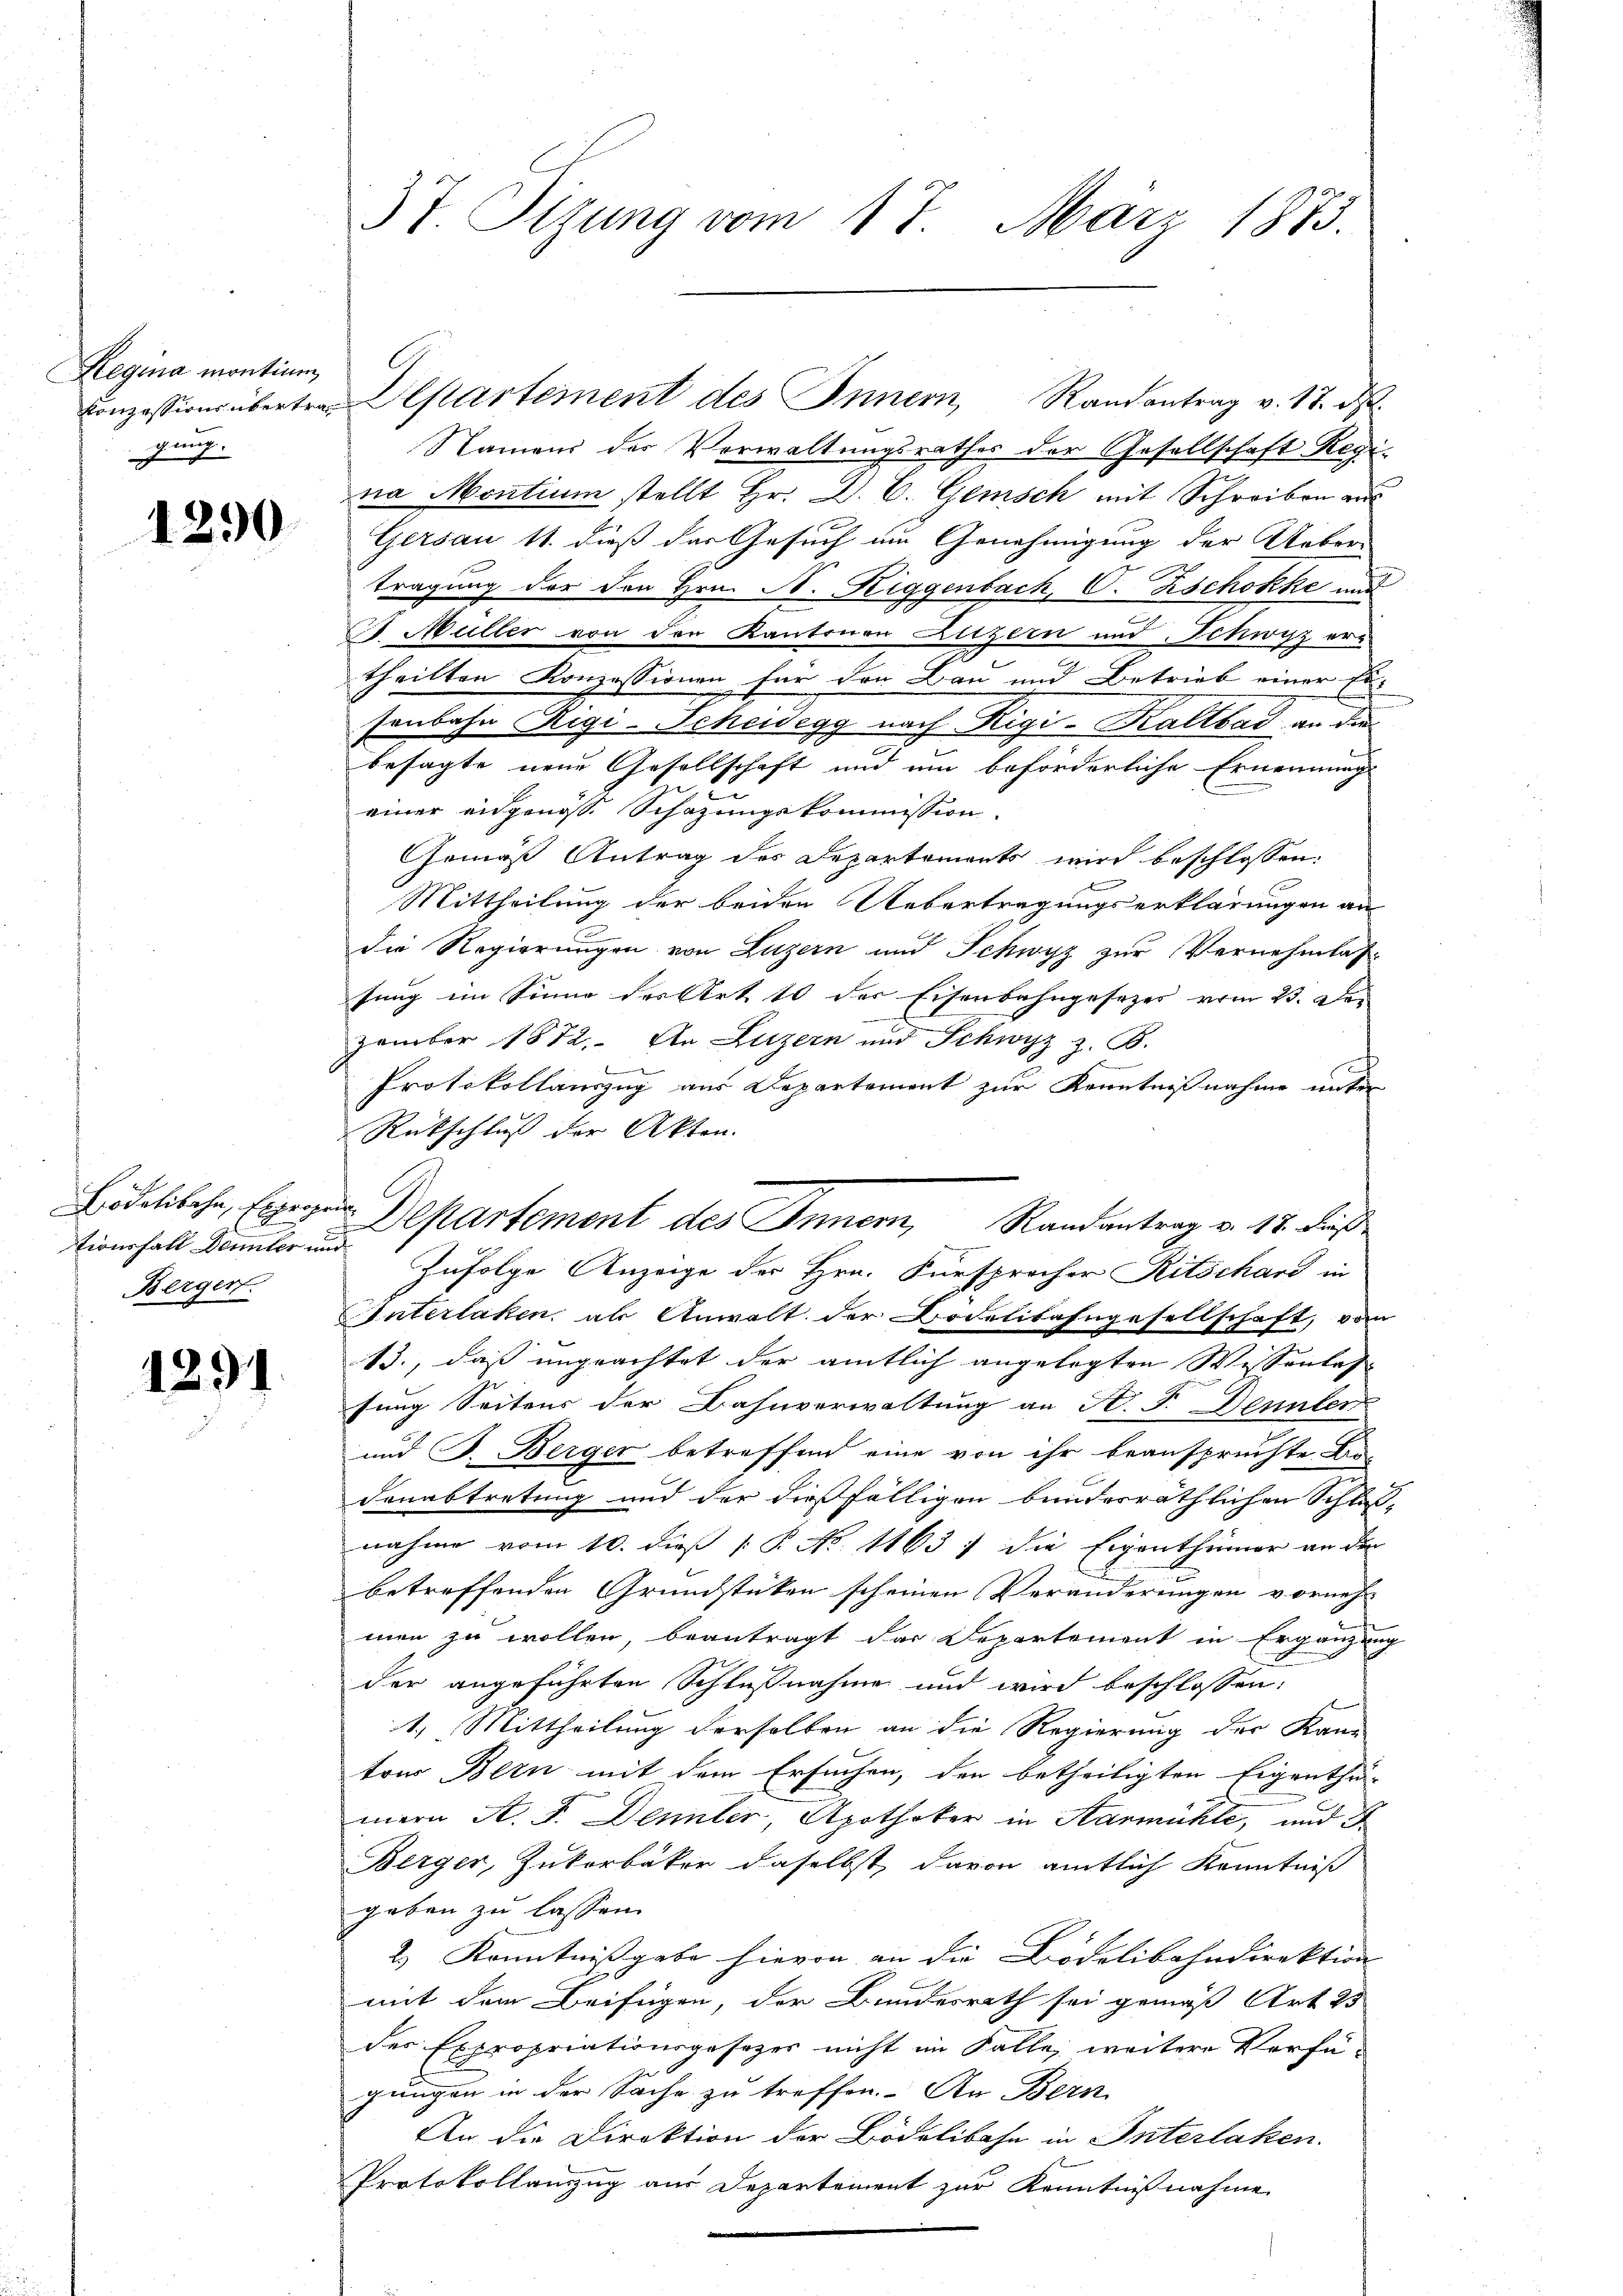
Regina montium,
gung.

1290

Rionsfall Dennter und
Berger.

1291

Namens des Verwaltungsrathes der Gesellschaft Regina Montium stellt Hr. D. C. Gemisch mit Schreiben aus
Gersau 11. dieß der Gesuch um Genehmigung der Ueber-
tragung der den Hrn. N. Riggenbach, C. Zschokke und
2. Müller von den Kantonen Luzern und Schwyz ertheilten Konzessionen für den Bau und Betrieb einer Er-
sonbahn Rigi-Scheidegg nach Rigi-Kaltbad an die
besagte neue Gesellschaft und um beförderliche Ernennung
2
einer eidgenöss. Schazungskommission.
Gemäß Antrag des Departements wird beschlossen:
Mittheilung der beiden Uebertragungserklärungen an
die Regierungen von Luzern und Schwyz zur Vernehmlas-
fung im Sinne der Art 10 der Eisenbahngesezes vom 23. Den
zember 1872. In Luzern und Schwyz z. B.

Protokollauszug aus Departement zur Kenntnißnahme unter
Rückschluß der Akten. |
Hodelibahn, Ergegens Departement des Innern, Randantrag v. 18. Fuß
Zufolge Anzeige der Hrn. Fürsprecher Ritschard in
Unterlaken, als Anwalt der Bödelibahngesellschaft, vom
13., daß ungeachtet der amtlich angelegten Wissentas
sung Seitens der Bahnverwaltung an St. F. Dennter
und J. Berger betreffend eine von ihr beanspruchte Be-
Denabtretung und der dießfälligen bunderräthlichen Schluß-
nahme vom 10. dieß P. No 11637 die Eigenthümer an den
betreffenden Grundstücken scheinen Veränderungen vorneh
men zu wollen, beantragt das Departement in Ergänzung
der angeführten Schlußnahme und wird beschlossen:
1.) Mittheilung derselben an die Regierung der Kanton Bern mit dem Ersuchen, den betheiligten Eigenthu-
d
mern A. F. Dennler, Apotheker in Aarmühle, und
Berger, Zukorbäker daselbst, davon amtlich Kenntniß
geben zu lassen.
2.) Kenntnißgabe hievon an die Bödelibahndirektion
mit dem Beifügen, der Bundesrath sei gemäß Art. 25
des Expropriationsgesezes nicht im Falle, weitere Verfü-
gungen in der Sache zu treffen. An Bern
An die Direktion der Bödelibahn in Interlaken.
Protokollanzug aus Departement zur Kenntnißnahme

3t. Sitzung vom 17. März 1873.

Conzessions übertrag Departement des Innern, Randantrag v. 17. d.